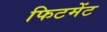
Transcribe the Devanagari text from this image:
फिटमेंट